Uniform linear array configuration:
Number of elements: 8
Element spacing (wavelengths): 0.25
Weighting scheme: blackman
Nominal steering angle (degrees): -45
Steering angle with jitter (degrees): -45.851
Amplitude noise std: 0.05
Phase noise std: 0.05

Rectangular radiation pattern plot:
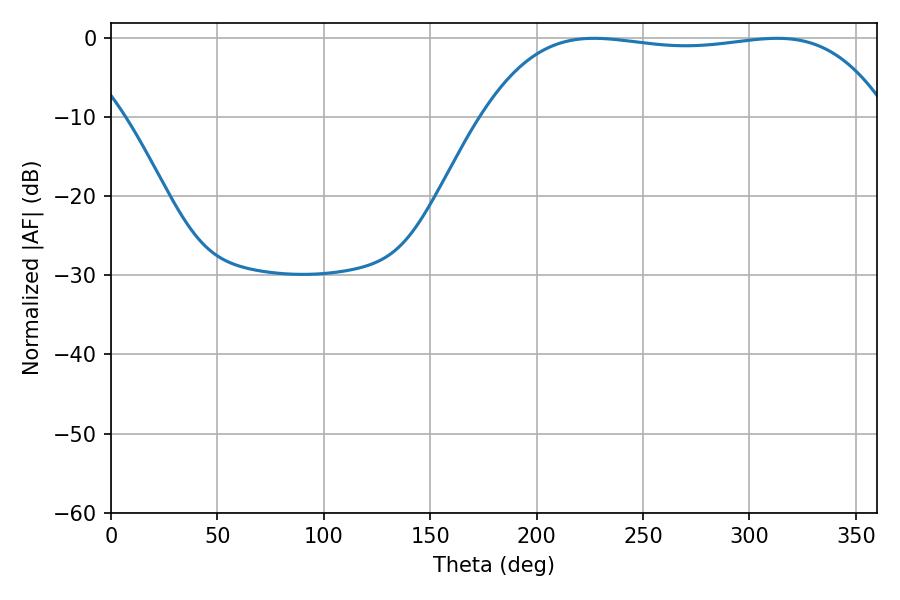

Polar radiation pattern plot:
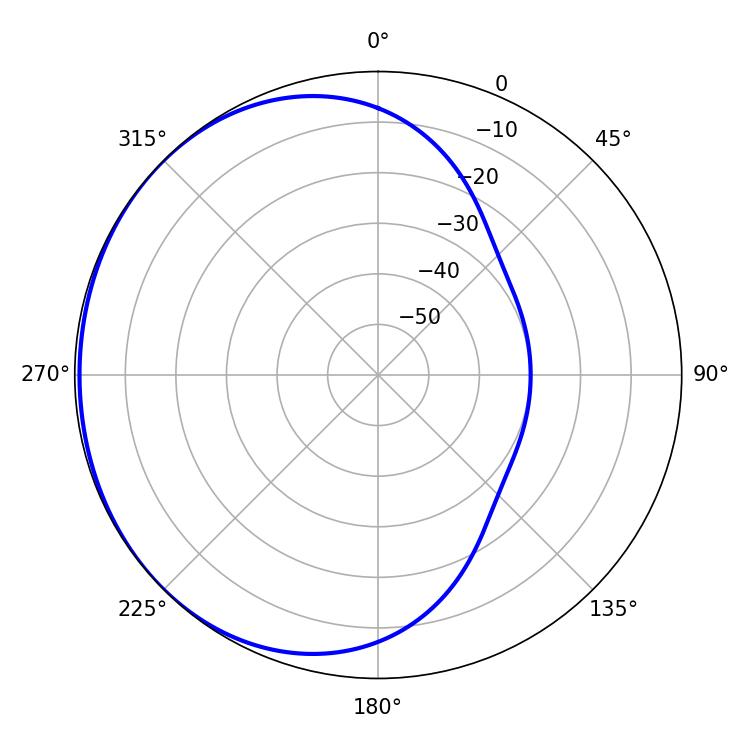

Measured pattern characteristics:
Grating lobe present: FALSE
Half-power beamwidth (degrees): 150.48
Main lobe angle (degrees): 226.98